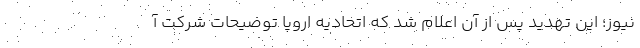
نیوز؛ این تهدید پس از آن اعلام شد که اتحادیه اروپا توضیحات شرکت آ